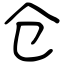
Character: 仓